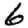
Digit: 6